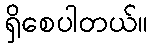
ရှိစေပါတယ်။